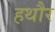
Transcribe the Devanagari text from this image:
हथौर